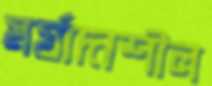
মর্যাদাশীল